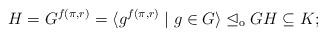
LaTeX: \begin{align*} H = G^{f(\pi,r)} = \langle g^{f(\pi,r)} \mid g \in G \rangle \trianglelefteq_\mathrm{o} G H \subseteq K; \end{align*}